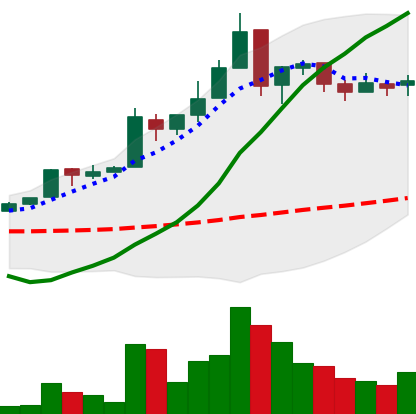
Ticker: EOS-USD
Chart end date: 2018-05-07
Forward return: -20.722%
Label: down_7plus